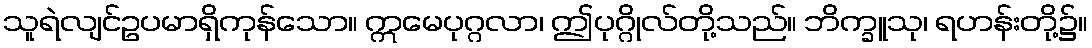
သူရဲလျင်ဥပမာရှိကုန်သော။ ဣမေပုဂ္ဂလာ၊ ဤပုဂ္ဂိုလ်တို့သည်။ ဘိက္ခူသု၊ ရဟန်းတို့၌။